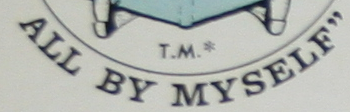
ALL BY MYSELF